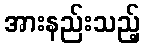
အားနည်းသည့်